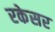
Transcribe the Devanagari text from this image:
रकेसर